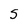
Character: S